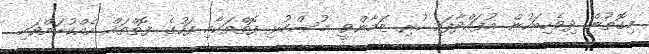
މިގޮތުން ދިވެހިބަހުން އުފައްދާފައި ހުރި ޒަމާންވީ މުސްކުޅި ފޮތްތަކާއި ފަހުގެ ފޮތްތައް އެއްކުރައްވައި